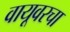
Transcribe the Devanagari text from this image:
वायूवरचा